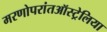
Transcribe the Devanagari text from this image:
मरणोपरांतऑस्ट्रेलिया